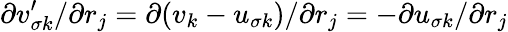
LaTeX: \partial v_{\sigma k}^{\prime}/\partial r_{j}=\partial(v_{k}-u_{\sigma k})/\partial r_{j}=-\partial u_{\sigma k}/\partial r_{j}